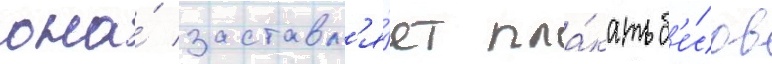
она́ заставл'я́ет пла́кать б'е́сов